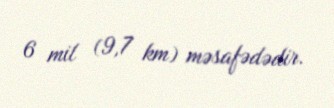
6 mil (9,7 km) məsafədədir.